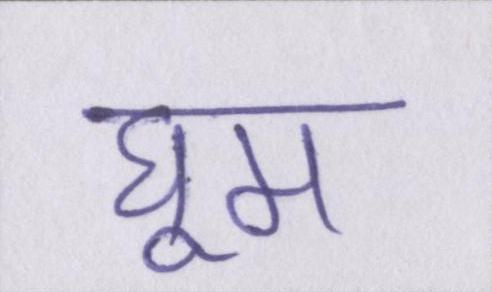
घूम